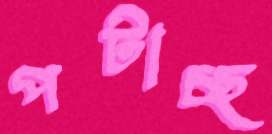
পটাচ্ছ